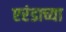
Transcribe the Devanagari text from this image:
एरंडाच्या